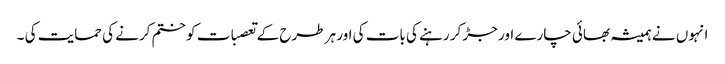
انہوں نے ہمیشہ بھائی چارے اور جڑ کر رہنے کی بات کی اور ہر طرح کے تعصبات کو ختم کرنے کی حمایت کی ۔